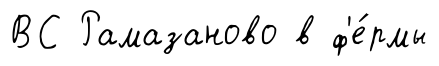
ВС Рамазаново в ф'е́рмы